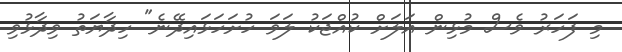
މި ފަހަރު ވެސް މުޅިން އަލަށް ކުއްޖަކު ލަވަ ހުށަހަޅައިދޭނެ" ހިދާޔަތު ވިދާޅުވި